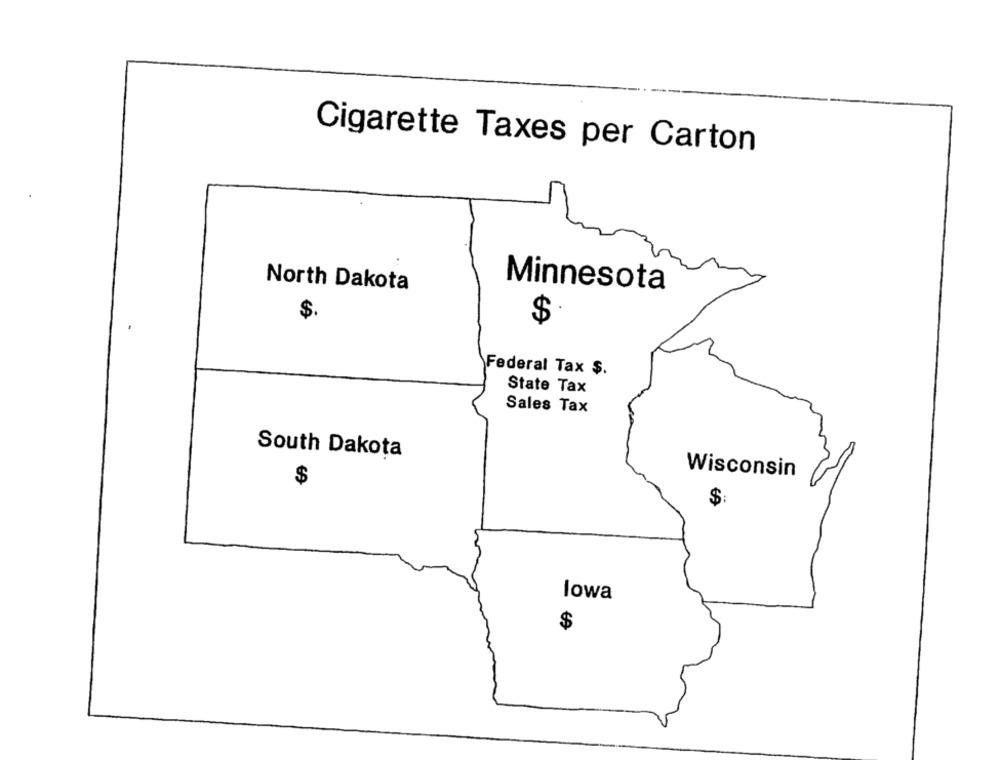
Cigarette Taxes per Carton
North Dakota
Minnesota
$
$
Federal Tax $.
State Tax
Sales Tax
South Dakota
Wisconsin
$
$:
lowa
$